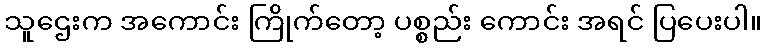
သူဌေးက အကောင်း ကြိုက်တော့ ပစ္စည်း ကောင်း အရင် ပြပေးပါ။